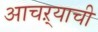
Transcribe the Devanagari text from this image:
आचऱ्याची